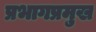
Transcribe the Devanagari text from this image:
प्रभागप्रमुख